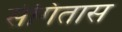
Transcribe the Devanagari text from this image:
संगितास